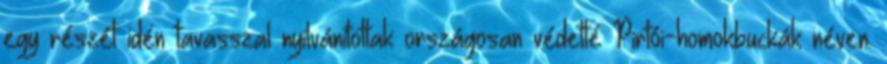
egy részét idén tavasszal nyilvánítottak országosan védetté Pirtói-homokbuckák néven.